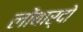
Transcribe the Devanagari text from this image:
लोंबार्दो